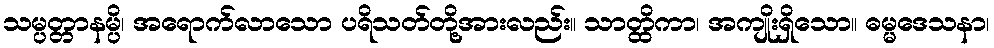
သမ္ပတ္တာနမ္ပိ၊ အရောက်လာသော ပရိသတ်တို့အားလည်း။ သာတ္ထိကာ၊ အကျိုးရှိသော။ ဓမ္မဒေသနာ၊